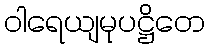
ဝါရေယျမုပဋ္ဌိတေ